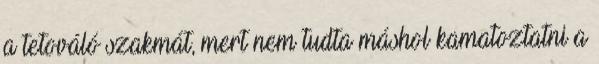
a tetováló szakmát, mert nem tudta máshol kamatoztatni a